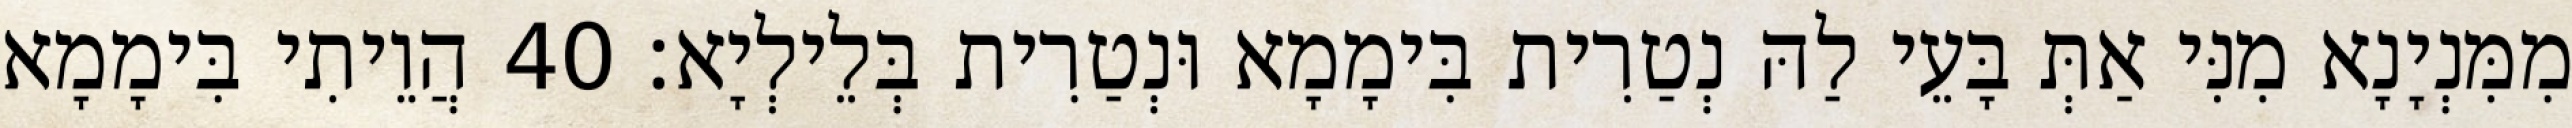
מִמִּנְיָנָא מִנִּי אַתְּ בָּעֵי לַהּ נְטַרִית בִּימָמָא וּנְטַרִית בְּלֵילְיָא׃ 40 הֲוֵיתִי בִּימָמָא